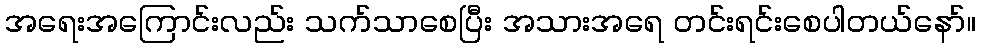
အရေးအကြောင်းလည်း သက်သာစေပြီး အသားအရေ တင်းရင်းစေပါတယ်နော်။